Vaccination in the Punjab 1883-1896 - 1883-1896
Year: 1883
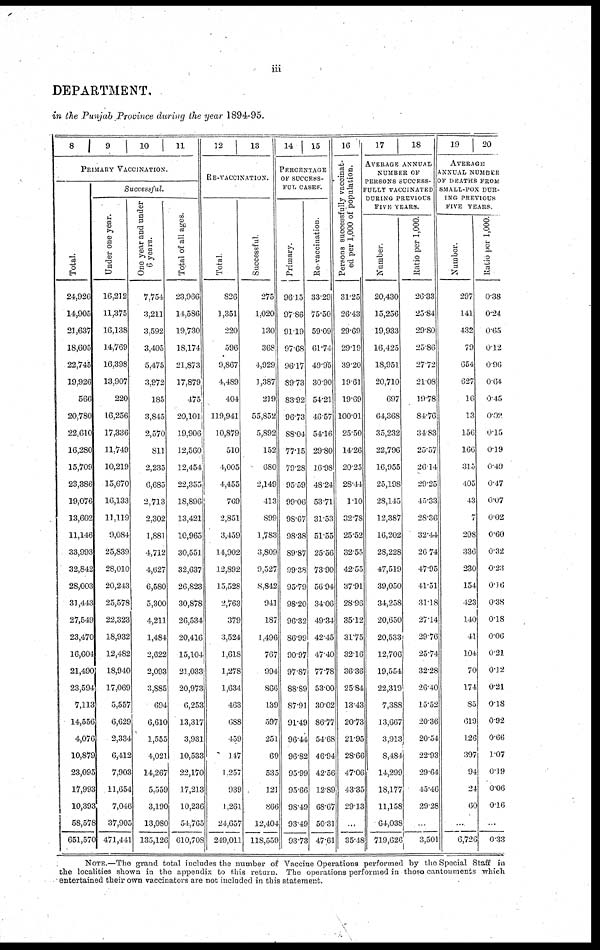
iii
DEPARTMENT.
in the Punjab Province during the year 1894-95.
8
9
10
11
PRIMARY VACCINATION.
Total.
24,926
14,905
21,637
18,605
22,745
19,926
566
20,780
22,610
16,280
15,709
23,386
19,076
13,602
11,146
33,993
32,842
28,003
31,443
27,549
23,470
16,604
21,490
23,594
7,113
14,556
4,076
10,879
23,095
17,993
10,393
58,578
651,570
Successful.
Under one year.
16,212
11,375
16,138
14,769
16,398
13,907
220
16,256
17,336
11,749
10,219
13,670
16,133
11,119
9,084
25,839
28,010
20,243
25,578
22,323
18,932
12,482
18,940
17,069
5,557
6,629
2,334
6,412
7,903
11,654
7,046
37,905
471,441
One year and under
6 years.
7,754
3,211
3,592
3,405
5,475
3,972
185
3,845
2,570
811
2,235
6,685
2,713
2,302
1,881
4,712
4,627
6,580
5,300
4,211
1,484
2,622
2,093
3,885
694
6,610
1,555
4,021
14,267
5,559
3,190
13,080
135,126
Total of all ages.
23,966
14,586
19,730
18,174
21,873
17,879
475
20,101
19,906
12,560
12,454
22,355
18,896
13,421
10,965
30,551
32,637
26,823
30,878
26,534
20,416
15,104
21,033
20,973
6,253
13,317
3,931
10,533
22,170
17,213
10,236
54,765
610,708
12
13
RE-VACCINATION.
Total.
826
1,351
220
596
9,867
4,489
404
119,941
10,879
510
4,005
4,455
769
2,851
3,459
14,902
12,892
15,528
2,763
379
3,524
1,618
1,278
1,634
463
688
459
147
1,257
939
1,261
24,657
249,011
Successful.
275
1,020
130
368
4,929
1,387
219
55,852
5,892
152
680
2,149
413
899
1,783
3,809
9,527
8,842
941
187
1,496
767
994
866
139
597
251
69
535
121
866
12,404
118,559
14
15
PERCENTAGE
OF SUCCESS-
FUL CASES.
Primary.
96.15
97.86
91.19
97.68
96.17
89.73
83.92
96.73
88.04
77.15
79.28
95.59
99.06
98.67
98.38
89.87
99.38
95.79
98.20
96.32
86.99
90.97
97.87
88.89
87.91
91.49
96.44
96.82
95.99
95.66
98.49
93.49
93.73
Re-vaccination.
33.29
75.50
59.09
61.74
49.95
30.90
54.21
46.57
54.16
29.80
16.98
48.24
53.71
31.53
51.55
25.56
73.90
56.94
34.06
49.34
42.45
47.40
77.78
53.00
30.02
86.77
54.68
46.94
42.56
12.89
68.67
50.31
47.61
16
Persons successfully vaccinat-
ed per 1,000 of population.
31.25
26.43
29.69
29.19
39.20
19.61
19.69
100.01
25.50
14.26
20.25
28.44
1.10
32.78
25.52
32.55
42.55
37.91
28.96
35.12
31.75
32.16
36.36
25.84
13.43
20.73
21.95
28.66
47.06
43.35
29.13
...
35.48
17
18
AVERAGE ANNUAL
NUMBER OF
PERSONS SUCCESS-
FULLY VACCINATED
DURING PREVIOUS
FIVE YEARS.
Number.
20,430
15,256
19,933
16,425
18,951
20,710
697
64,368
35,232
22,796
16,955
25,198
28,145
12,387
16,202
28,228
47,519
39,050
34,258
20,650
20,533
12,706
19,554
22,319
7,388
13,667
3,913
8,484
14,299
18,177
11,158
64.038
719,626
Ratio per 1,000.
26.33
25.84
29.80
25.86
27.72
21.08
19.78
84.76
34.83
25.57
26.14
29.25
45.33
28.36
32.44
26.74
47.95
41.51
31.18
27.14
29.76
25.74
32.28
26.40
15.52
20.36
20.54
22.93
29.64
45.46
29.28
...
3,501
19
20
AVERAGE
ANNUAL NUMBER
OF DEATHS FROM
SMALL-POX DUR-
ING PREVIOUS
FIVE YEARS.
Number.
297
141
432
79
654
627
16
13
156
166
315
405
43
7
298
336
230
154
423
140
41
104
70
174
85
619
126
397
94
24
60
...
6,726
Ratio per 1,000.
0.38
0.24
0.65
0.12
0.96
0.64
0.45
0.02
0.15
0.19
0.49
0.47
0.07
0.02
0.60
0.32
0.23
0.16
0.38
0.18
0.06
0.21
0.12
0.21
0.18
0.92
0.66
1.07
0.19
0.06
0.16
...
0.33
NOTE.—The grand total includes the number of Vaccine Operations performed by the Special Staff in
the localities shown in the appendix to this return. The operations performed in those cantonments which
entertained their own vaccinators are not included in this statement.